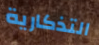
التذكارية